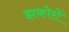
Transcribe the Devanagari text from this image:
झकोरों